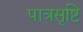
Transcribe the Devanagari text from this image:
पात्रसृष्टि